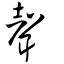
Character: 聲